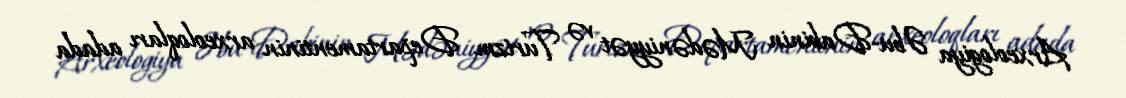
Arxeologiya Əbu-Dabinin Mədəniyyət və Turizm Departamentinin arxeoloqları adada